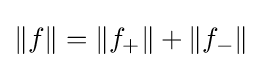
\Vert f\Vert =\Vert f_{+}\Vert +\Vert f_{-}\Vert